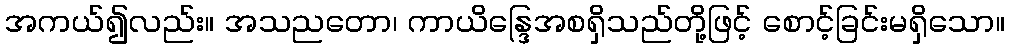
အကယ်၍လည်း။ အသညတော၊ ကာယိန္ဒြေအစရှိသည်တို့ဖြင့် စောင့်ခြင်းမရှိသော။